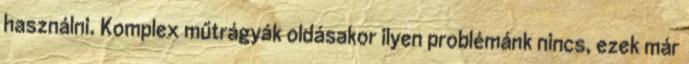
használni. Komplex műtrágyák oldásakor ilyen problémánk nincs, ezek már